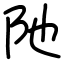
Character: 阤